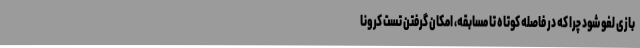
بازی لغو شود چرا که در فاصله کوتاه تا مسابقه، امکان گرفتن تست کرونا